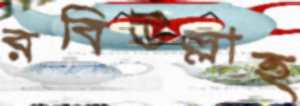
রবিউল্লাহ